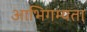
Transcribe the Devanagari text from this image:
आभिगम्यता